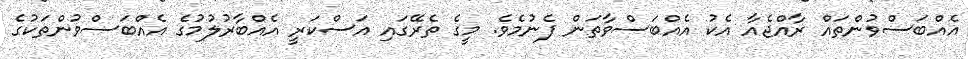
އެއްބަސްވުންތައް ރާއްޖެއާ އެކު އެއްބަސްވާތަން ފެނުމެވެ. މީގެ ތެރޭގައި އަސްކަރީ އެއްބާރުލުމުގެ އެއްބަސްވުންތަކުގެ